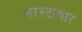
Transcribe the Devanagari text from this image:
भरस्टाचार